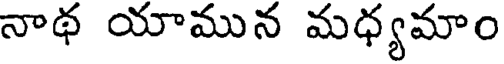
నాథ యామున మధ్యమాం